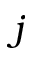
j